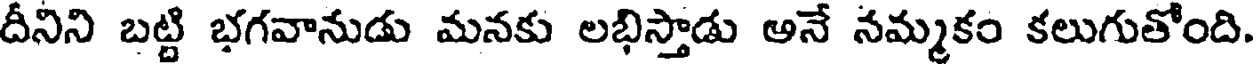
దీనిని బట్టి భగవానుడు మనకు లభిస్తాడు అనే నమ్మకం కలుగుతోంది.